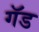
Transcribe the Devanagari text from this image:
गॅड